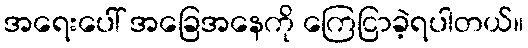
အရေးပေါ် အခြေအနေကို ကြေငြာခဲ့ရပါတယ်။